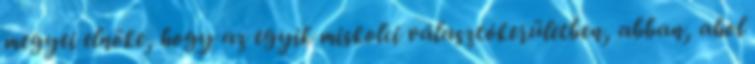
megyei elnöke, hogy az egyik miskolci választókerületben, abban, ahol